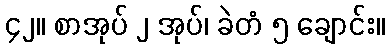
၄၂။ စာအုပ် ၂ အုပ်၊ ခဲတံ ၅ ချောင်း။